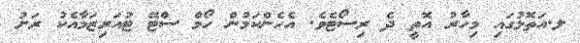
ލ.އަތޮޅުގައި މިހާރު އޮތީ ދެ ރިސޯޓެވެ. އެހެންކަމުން ހޯމް ސްޓޭ ޓުއަރިޒަމާއެކު ރަށު